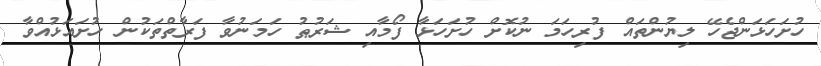
ހުށަހަޅަންޖެހޭ ލިޔުންތައް ފުރިހަމަ ނުކޮށް ހުށަހަޅާ ފޯމާއި ޝަރުޠު ހަމަނުވާ ފަރާތްތަކުން ހުށައަޅުއްވާ